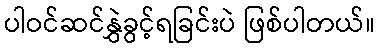
ပါဝင်ဆင်နွှဲခွင့်ရခြင်းပဲ ဖြစ်ပါတယ်။